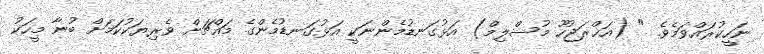
ނަހީކުރައްވަމެވެ. " (އަޚްރަޖުހޫ މުސްލިމް) އަޅުގަނޑުމެންނަކީ އަޅުގަނޑުމެންގެ މައްޗަށް ވެރިޔަކުކަމަށް ބުނާ މީހަކު